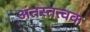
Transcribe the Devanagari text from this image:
अंतस्तत्वक